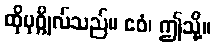
ထိုပုဂ္ဂိုလ်သည်။ ဧဝံ၊ ဤသို့။